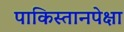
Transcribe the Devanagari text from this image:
पाकिस्तानपेक्षा